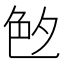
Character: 𦫓